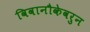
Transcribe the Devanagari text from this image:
विवानौकेवरुन